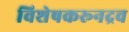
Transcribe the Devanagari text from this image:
विशेषकरूनद्रव